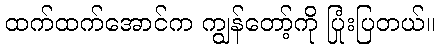
ထက်ထက်အောင်က ကျွန်တော့်ကို ပြုံးပြတယ်။